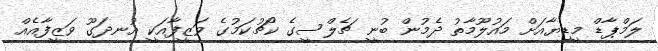
ލަމްޕާޑް މީޑިޔާއަށް މައުލޫމާތު ދެމުން ބުނީ ޗެލްސީގެ ކޯޗުކަމުގެ ވަޒީފާއަކީ އުނދަގޫ ވަޒީފާއެއް